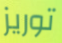
توريز